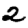
Digit: 2